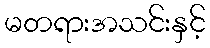
မတရားအသင်းနှင့်